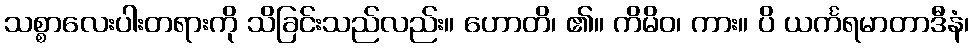
သစ္စာလေးပါးတရားကို သိခြင်းသည်လည်း။ ဟောတိ၊ ၏။ ကိမိဝ၊ ကား။ ပိ ယင်္ကရမာတာဒီနံ၊